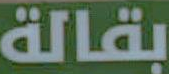
بقالة